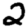
Digit: 2